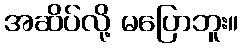
အဆိပ်လို့ မပြောဘူး။